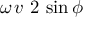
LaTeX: \omega \, v \ 2 \, \sin \phi